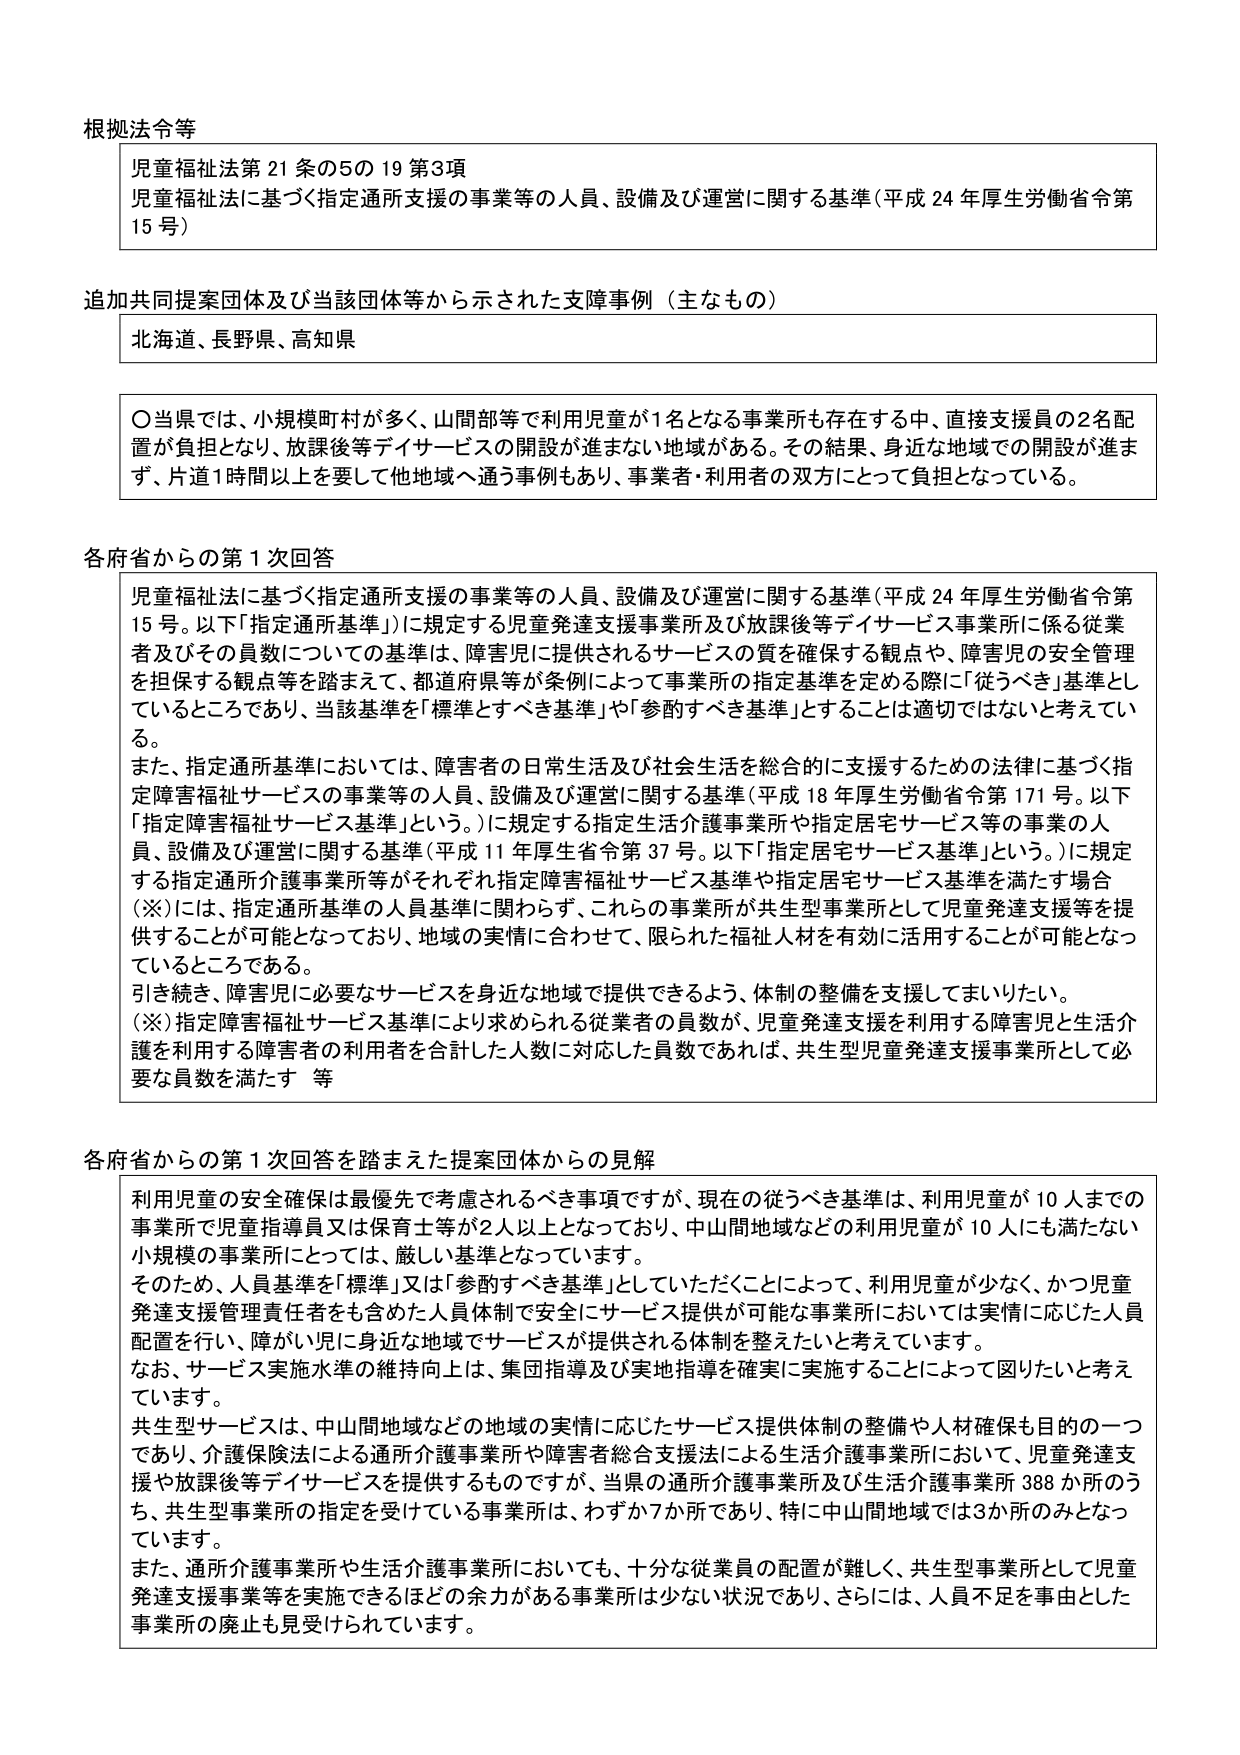
根拠法令等
児童福祉法第21条の5の19第3項
児童福祉法に基づく指定通所支援の事業等の人員、設備及び運営に関する基準（平成24年厚生労働省令第15号）

追加共同提案団体及び当該団体等から示された支障事例（主なもの）
北海道、長野県、高知県

〇当県では、小規模町村が多く、山間部等で利用児童が1名となる事業所も存在する中、直接支援員の2名配置が負担となり、放課後等デイサービスの開設が進まない地域がある。その結果、身近な地域での開設が進まず、片道1時間以上を要して他地域へ通う事例もあり、事業者・利用者の双方にとって負担となっている。

各府省からの第1次回答
児童福祉法に基づく指定通所支援の事業等の人員、設備及び運営に関する基準（平成24年厚生労働省令第15号。以下「指定通所基準」）に規定する児童発達支援事業所及び放課後等デイサービス事業所に係る従業者及びその員数についての基準は、障害児に提供されるサービスの質を確保する観点や、障害児の安全管理を担保する観点等を踏まえて、都道府県等が条例によって事業所の指定基準を定める際に「従うべき」基準としているところであり、当該基準を「標準とすべき基準」や「参酌すべき基準」とすることは適切ではないと考えている。
また、指定通所基準においては、障害者の日常生活及び社会生活を総合的に支援するための法律に基づく指定障害福祉サービスの事業等の人員、設備及び運営に関する基準（平成18年厚生労働省令第171号。以下「指定障害福祉サービス基準」という。）に規定する指定生活介護事業所や指定居宅サービス等の事業の人員、設備及び運営に関する基準（平成11年厚生省令第37号。以下「指定居宅サービス基準」という。）に規定する指定通所介護事業所等がそれぞれ指定障害福祉サービス基準や指定居宅サービス基準を満たす場合（※）には、指定通所基準の人員基準に関わらず、これらの事業所が共生型事業所として児童発達支援等を提供することが可能となっており、地域の実情に合わせて、限られた福祉人材を有効に活用することが可能となっているところである。
引き続き、障害児に必要なサービスを身近な地域で提供できるよう、体制の整備を支援してまいりたい。
（※）指定障害福祉サービス基準により求められる従業者の員数が、児童発達支援を利用する障害児と生活介護を利用する障害者の利用者を合計した人数に対応した員数であれば、共生型児童発達支援事業所として必要な員数を満たす 等

各府省からの第1次回答を踏まえた提案団体からの見解
利用児童の安全確保は最優先で考慮されるべき事項ですが、現在の従うべき基準は、利用児童が10人までの事業所で児童指導員又は保育士等が2人以上となっており、中山間地域などの利用児童が10人にも満たない小規模の事業所にとっては、厳しい基準となっています。
そのため、人員基準を「標準」又は「参酌すべき基準」としていただくことによって、利用児童が少なく、かつ児童発達支援管理責任者をも含めた人員体制で安全にサービス提供が可能な事業所においては実情に応じた人員配置を行い、障がい児に身近な地域でサービスが提供される体制を整えたいと考えています。
なお、サービス実施水準の維持向上は、集団指導及び実地指導を確実に実施することによって図りたいと考えています。
共生型サービスは、中山間地域などの地域の実情に応じたサービス提供体制の整備や人材確保も目的の一つであり、介護保険法による通所介護事業所や障害者総合支援法による生活介護事業所において、児童発達支援や放課後等デイサービスを提供するものですが、当県の通所介護事業所及び生活介護事業所388か所のうち、共生型事業所の指定を受けている事業所は、わずか7か所であり、特に中山間地域では3か所のみとなっています。
また、通所介護事業所や生活介護事業所においても、十分な従業員の配置が難しく、共生型事業所として児童発達支援事業等を実施できるほどの余力がある事業所は少ない状況であり、さらには、人員不足を事由とした事業所の廃止も見受けられています。